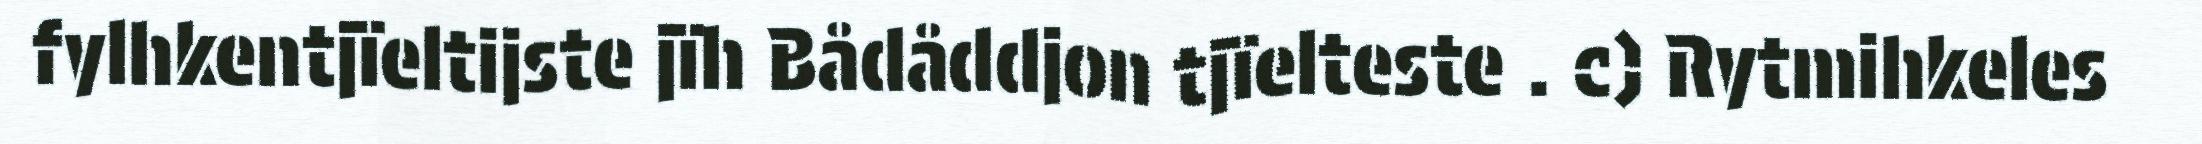
fylhkentjïeltijste jïh Bådåddjon tjïelteste . c) Rytmihkeles